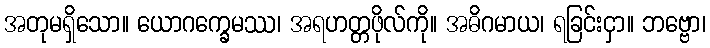
အတုမရှိသော။ ယောဂက္ခေမဿ၊ အရဟတ္တဖိုလ်ကို။ အဓိဂမာယ၊ ရခြင်းငှာ။ ဘဗ္ဗော၊